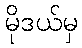
မိုဒယ်မှ